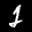
Label: 2